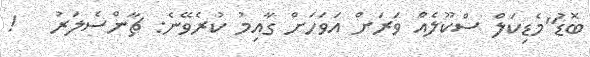
ބޮޑު"މެޑިކަލް ސްކޫލެއް ވަރަށް އަވަހަށް ގާއިމު ކުރެވޭނެ: ޗާންސެލަރު   !